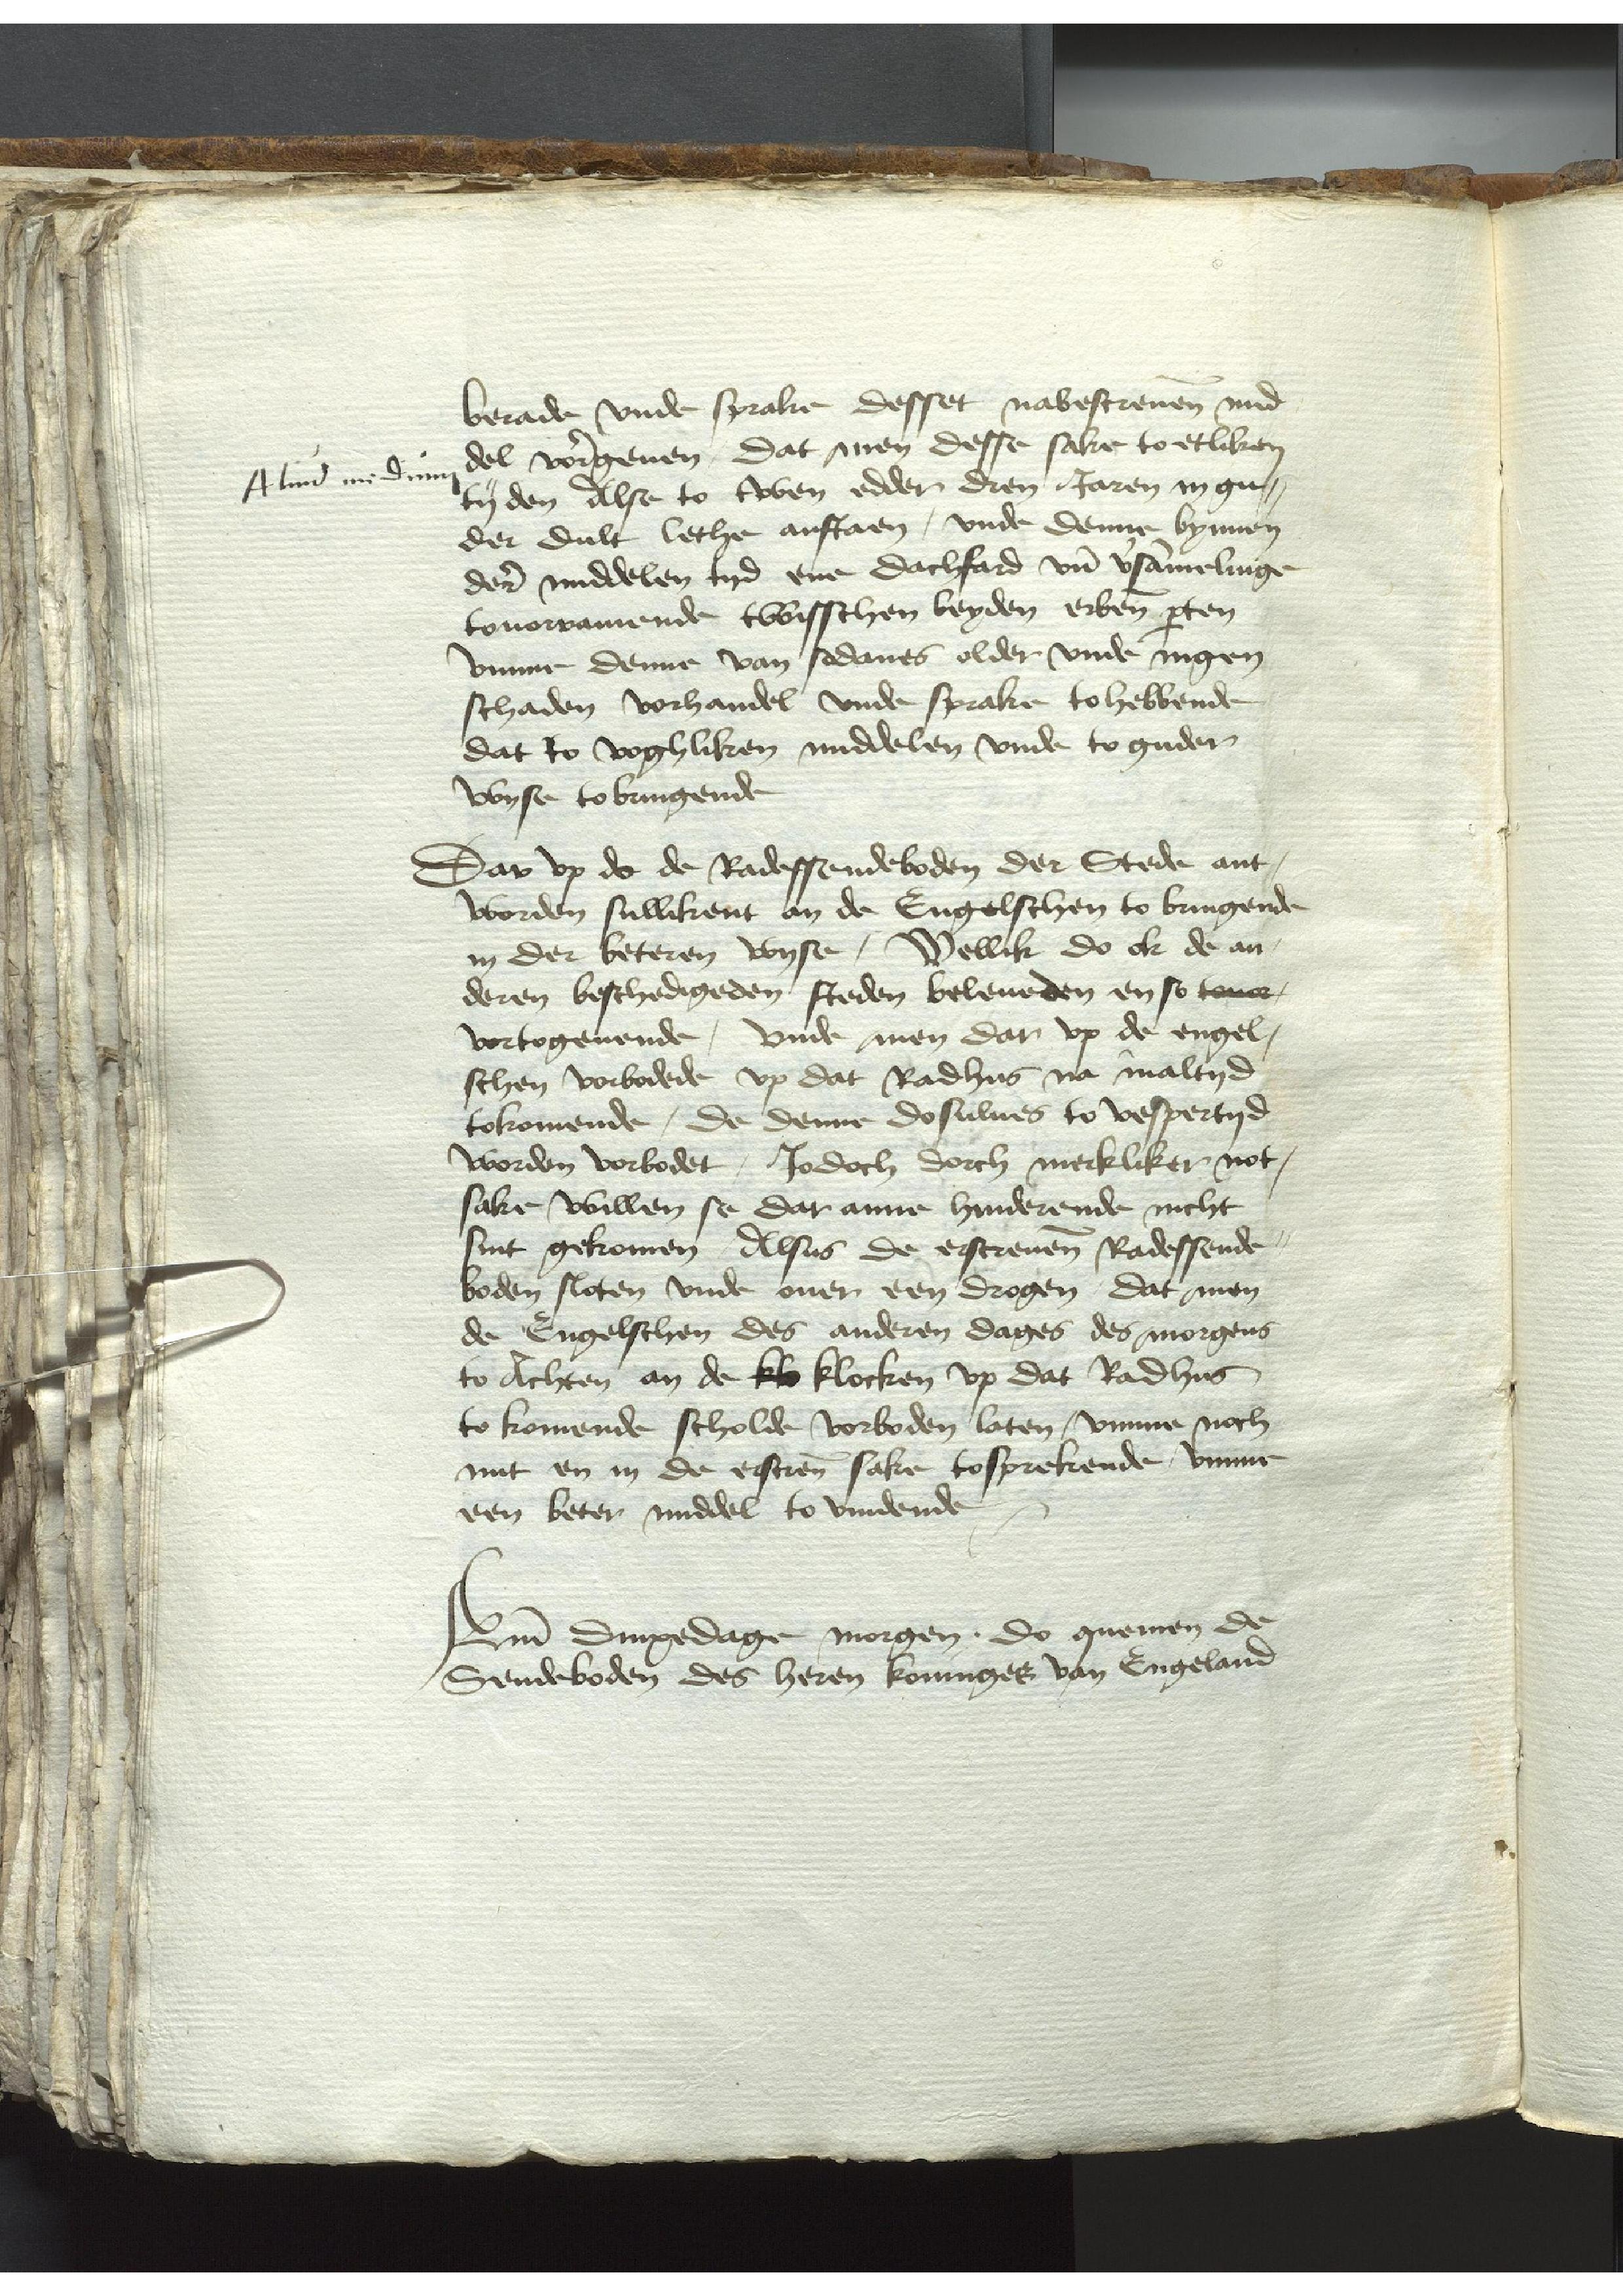
Aliud midium

berade vnde sprake desset nabestreuen mid¬
del vorgeuen, Dat men desse sake to etliken
tyden Alse to twen edder dren Jaren in gu¬
der dult lethe anstaen, vnde denne bynnen
der middelen tyd ene Dachfard vnd versammelinge
touorramende twisschen beyden erbenomeden parten
vmme denne van sodanes older vnde iungen
schaden vorhandel vnde sprake to hebbende
dat to voghliken middelen vnde to guder
wyse to bringende

Dar vp de de Radessendeboden der Stede ant¬
worden sullikent an de Engelschen to bringende
in der beteren wyse, Wellik do ok de an¬
deren beschedigeden steden beleueden en so touor
vortogenende, vnde men dar vp de engel¬
schen vorbodede vp dat Radhus na maltyd
tokomende, de denne dosulues to vespertyd
worden vorbodet, Jodoch dorch merkliker not¬
sake willen se dar anne hinderende nicht
sint gekomen, Alsus de erscreuenen Radessende¬
boden sloten vnde ouer een drogen, dat men
de Engelschen des anderen dages des morgens
to Achten an de klo klocken vp dat Radhus
to komende scholde vorboden laten, vmme noch
mit en in de erscreuenen sake tosprekende, vmme
een beter middel to vindende

Ame Dinxedage morgen. do quemen de
Sendeboden des heren koninges van Engeland